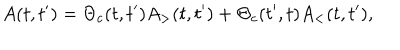
A ( t , t ^ { \prime } ) = \Theta _ { c } ( t , t ^ { \prime } ) A _ { > } ( t , t ^ { \prime } ) + \Theta _ { c } ( t ^ { \prime } , t ) A _ { < } ( t , t ^ { \prime } ) ,